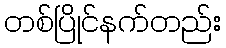
တစ်ပြိုင်နက်တည်း